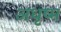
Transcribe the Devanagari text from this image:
अधृष्म